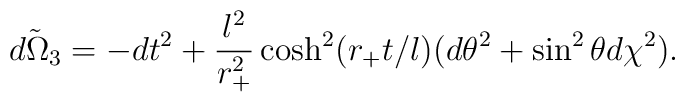
\tilde {d\Omega_3}=-dt^2 +\frac{l^2}{r_+^2}\cosh^2(r_+t/l)(d\theta^2+\sin^2\theta d\chi^2).